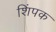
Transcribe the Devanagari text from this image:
शिंपक